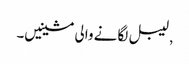
, لیبل لگانے والی مشینیں۔